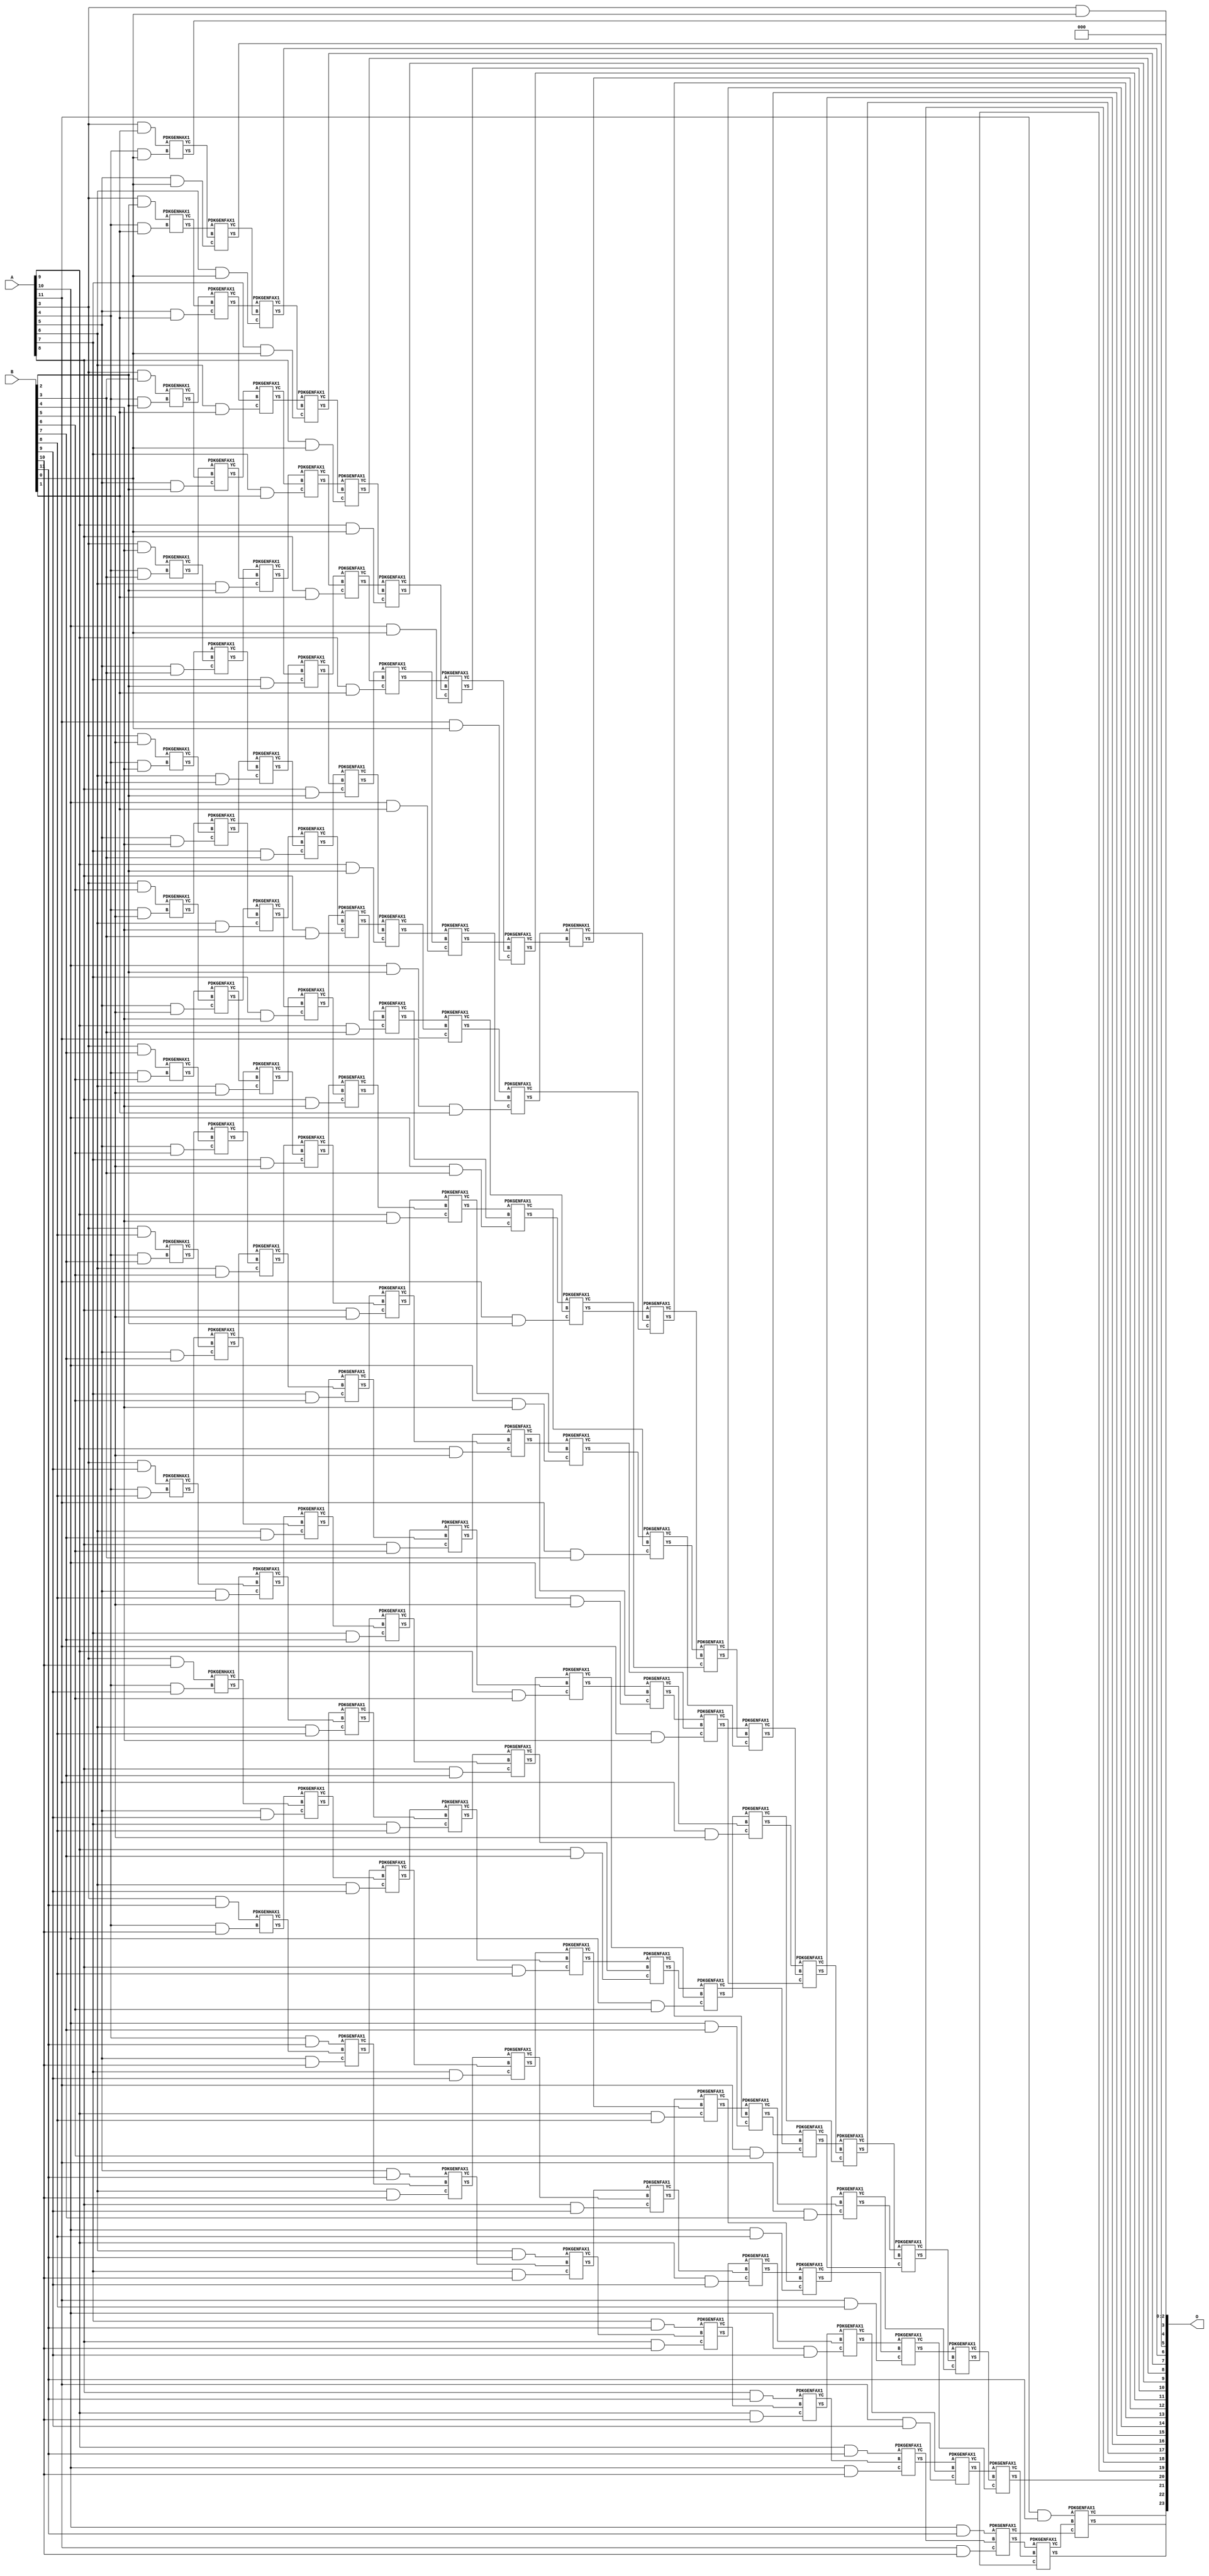
/***
* This code is a part of EvoApproxLib library (ehw.fit.vutbr.cz/approxlib) distributed under The MIT License.
* When used, please cite the following article(s): V. Mrazek, Z. Vasicek, L. Sekanina, H. Jiang and J. Han, "Scalable Construction of Approximate Multipliers With Formally Guaranteed Worst Case Error" in IEEE Transactions on Very Large Scale Integration (VLSI) Systems, vol. 26, no. 11, pp. 2572-2576, Nov. 2018. doi: 10.1109/TVLSI.2018.2856362 
* This file contains a circuit from a sub-set of pareto optimal circuits with respect to the pwr and ep parameters
***/
// MAE% = 0.043 %
// MAE = 7166 
// WCE% = 0.17 %
// WCE = 28665 
// WCRE% = 100.00 %
// EP% = 87.48 %
// MRE% = 0.69 %
// MSE = 97831.256e3 
// PDK45_PWR = 0.790 mW
// PDK45_AREA = 1213.6 um2
// PDK45_DELAY = 1.98 ns


module mul12u_2PM ( A, B, O );
  input [11:0] A;
  input [11:0] B;
  output [23:0] O;

  wire C_10_0,C_10_1,C_10_10,C_10_2,C_10_3,C_10_4,C_10_5,C_10_6,C_10_7,C_10_8,C_10_9,C_11_0,C_11_1,C_11_10,C_11_2,C_11_3,C_11_4,C_11_5,C_11_6,C_11_7,C_11_8,C_11_9,C_12_0,C_12_1,C_12_10,C_12_2,C_12_3,C_12_4,C_12_5,C_12_6,C_12_7,C_12_8,C_12_9,C_4_0,C_4_1,C_4_10,C_4_2,C_4_3,C_4_4,C_4_5,C_4_6,C_4_7,C_4_8,C_4_9,C_5_0,C_5_1,C_5_10,C_5_2,C_5_3,C_5_4,C_5_5,C_5_6,C_5_7,C_5_8,C_5_9,C_6_0,C_6_1,C_6_10,C_6_2,C_6_3,C_6_4,C_6_5,C_6_6,C_6_7,C_6_8,C_6_9,C_7_0,C_7_1,C_7_10,C_7_2,C_7_3,C_7_4,C_7_5,C_7_6,C_7_7,C_7_8,C_7_9,C_8_0,C_8_1,C_8_10,C_8_2,C_8_3,C_8_4,C_8_5,C_8_6,C_8_7,C_8_8,C_8_9,C_9_0,C_9_1,C_9_10,C_9_2,C_9_3,C_9_4,C_9_5,C_9_6,C_9_7,C_9_8,C_9_9,S_10_0,S_10_1,S_10_10,S_10_11,S_10_2,S_10_3,S_10_4,S_10_5,S_10_6,S_10_7,S_10_8,S_10_9,S_11_0,S_11_1,S_11_10,S_11_11,S_11_2,S_11_3,S_11_4,S_11_5,S_11_6,S_11_7,S_11_8,S_11_9,S_12_0,S_12_1,S_12_10,S_12_11,S_12_2,S_12_3,S_12_4,S_12_5,S_12_6,S_12_7,S_12_8,S_12_9,S_3_0,S_3_1,S_3_10,S_3_11,S_3_2,S_3_3,S_3_4,S_3_5,S_3_6,S_3_7,S_3_8,S_3_9,S_4_0,S_4_1,S_4_10,S_4_11,S_4_2,S_4_3,S_4_4,S_4_5,S_4_6,S_4_7,S_4_8,S_4_9,S_5_0,S_5_1,S_5_10,S_5_11,S_5_2,S_5_3,S_5_4,S_5_5,S_5_6,S_5_7,S_5_8,S_5_9,S_6_0,S_6_1,S_6_10,S_6_11,S_6_2,S_6_3,S_6_4,S_6_5,S_6_6,S_6_7,S_6_8,S_6_9,S_7_0,S_7_1,S_7_10,S_7_11,S_7_2,S_7_3,S_7_4,S_7_5,S_7_6,S_7_7,S_7_8,S_7_9,S_8_0,S_8_1,S_8_10,S_8_11,S_8_2,S_8_3,S_8_4,S_8_5,S_8_6,S_8_7,S_8_8,S_8_9,S_9_0,S_9_1,S_9_10,S_9_11,S_9_2,S_9_3,S_9_4,S_9_5,S_9_6,S_9_7,S_9_8,S_9_9;

  assign S_3_0 = (A[3] & B[0]);
  assign S_3_1 = (A[3] & B[1]);
  assign S_3_2 = (A[3] & B[2]);
  assign S_3_3 = (A[3] & B[3]);
  assign S_3_4 = (A[3] & B[4]);
  assign S_3_5 = (A[3] & B[5]);
  assign S_3_6 = (A[3] & B[6]);
  assign S_3_7 = (A[3] & B[7]);
  assign S_3_8 = (A[3] & B[8]);
  assign S_3_9 = (A[3] & B[9]);
  assign S_3_10 = (A[3] & B[10]);
  assign S_3_11 = (A[3] & B[11]);
  PDKGENHAX1 U31801 (.A(S_3_1), .B((A[4] & B[0])), .YS(S_4_0), .YC(C_4_0));
  PDKGENHAX1 U31802 (.A(S_3_2), .B((A[4] & B[1])), .YS(S_4_1), .YC(C_4_1));
  PDKGENHAX1 U31803 (.A(S_3_3), .B((A[4] & B[2])), .YS(S_4_2), .YC(C_4_2));
  PDKGENHAX1 U31804 (.A(S_3_4), .B((A[4] & B[3])), .YS(S_4_3), .YC(C_4_3));
  PDKGENHAX1 U31805 (.A(S_3_5), .B((A[4] & B[4])), .YS(S_4_4), .YC(C_4_4));
  PDKGENHAX1 U31806 (.A(S_3_6), .B((A[4] & B[5])), .YS(S_4_5), .YC(C_4_5));
  PDKGENHAX1 U31807 (.A(S_3_7), .B((A[4] & B[6])), .YS(S_4_6), .YC(C_4_6));
  PDKGENHAX1 U31808 (.A(S_3_8), .B((A[4] & B[7])), .YS(S_4_7), .YC(C_4_7));
  PDKGENHAX1 U31809 (.A(S_3_9), .B((A[4] & B[8])), .YS(S_4_8), .YC(C_4_8));
  PDKGENHAX1 U31810 (.A(S_3_10), .B((A[4] & B[9])), .YS(S_4_9), .YC(C_4_9));
  PDKGENHAX1 U31811 (.A(S_3_11), .B((A[4] & B[10])), .YS(S_4_10), .YC(C_4_10));
  assign S_4_11 = (A[4] & B[11]);
  PDKGENFAX1 U31813 (.A(S_4_1), .B(C_4_0), .C((A[5] & B[0])), .YS(S_5_0), .YC(C_5_0));
  PDKGENFAX1 U31814 (.A(S_4_2), .B(C_4_1), .C((A[5] & B[1])), .YS(S_5_1), .YC(C_5_1));
  PDKGENFAX1 U31815 (.A(S_4_3), .B(C_4_2), .C((A[5] & B[2])), .YS(S_5_2), .YC(C_5_2));
  PDKGENFAX1 U31816 (.A(S_4_4), .B(C_4_3), .C((A[5] & B[3])), .YS(S_5_3), .YC(C_5_3));
  PDKGENFAX1 U31817 (.A(S_4_5), .B(C_4_4), .C((A[5] & B[4])), .YS(S_5_4), .YC(C_5_4));
  PDKGENFAX1 U31818 (.A(S_4_6), .B(C_4_5), .C((A[5] & B[5])), .YS(S_5_5), .YC(C_5_5));
  PDKGENFAX1 U31819 (.A(S_4_7), .B(C_4_6), .C((A[5] & B[6])), .YS(S_5_6), .YC(C_5_6));
  PDKGENFAX1 U31820 (.A(S_4_8), .B(C_4_7), .C((A[5] & B[7])), .YS(S_5_7), .YC(C_5_7));
  PDKGENFAX1 U31821 (.A(S_4_9), .B(C_4_8), .C((A[5] & B[8])), .YS(S_5_8), .YC(C_5_8));
  PDKGENFAX1 U31822 (.A(S_4_10), .B(C_4_9), .C((A[5] & B[9])), .YS(S_5_9), .YC(C_5_9));
  PDKGENFAX1 U31823 (.A(S_4_11), .B(C_4_10), .C((A[5] & B[10])), .YS(S_5_10), .YC(C_5_10));
  assign S_5_11 = (A[5] & B[11]);
  PDKGENFAX1 U31825 (.A(S_5_1), .B(C_5_0), .C((A[6] & B[0])), .YS(S_6_0), .YC(C_6_0));
  PDKGENFAX1 U31826 (.A(S_5_2), .B(C_5_1), .C((A[6] & B[1])), .YS(S_6_1), .YC(C_6_1));
  PDKGENFAX1 U31827 (.A(S_5_3), .B(C_5_2), .C((A[6] & B[2])), .YS(S_6_2), .YC(C_6_2));
  PDKGENFAX1 U31828 (.A(S_5_4), .B(C_5_3), .C((A[6] & B[3])), .YS(S_6_3), .YC(C_6_3));
  PDKGENFAX1 U31829 (.A(S_5_5), .B(C_5_4), .C((A[6] & B[4])), .YS(S_6_4), .YC(C_6_4));
  PDKGENFAX1 U31830 (.A(S_5_6), .B(C_5_5), .C((A[6] & B[5])), .YS(S_6_5), .YC(C_6_5));
  PDKGENFAX1 U31831 (.A(S_5_7), .B(C_5_6), .C((A[6] & B[6])), .YS(S_6_6), .YC(C_6_6));
  PDKGENFAX1 U31832 (.A(S_5_8), .B(C_5_7), .C((A[6] & B[7])), .YS(S_6_7), .YC(C_6_7));
  PDKGENFAX1 U31833 (.A(S_5_9), .B(C_5_8), .C((A[6] & B[8])), .YS(S_6_8), .YC(C_6_8));
  PDKGENFAX1 U31834 (.A(S_5_10), .B(C_5_9), .C((A[6] & B[9])), .YS(S_6_9), .YC(C_6_9));
  PDKGENFAX1 U31835 (.A(S_5_11), .B(C_5_10), .C((A[6] & B[10])), .YS(S_6_10), .YC(C_6_10));
  assign S_6_11 = (A[6] & B[11]);
  PDKGENFAX1 U31837 (.A(S_6_1), .B(C_6_0), .C((A[7] & B[0])), .YS(S_7_0), .YC(C_7_0));
  PDKGENFAX1 U31838 (.A(S_6_2), .B(C_6_1), .C((A[7] & B[1])), .YS(S_7_1), .YC(C_7_1));
  PDKGENFAX1 U31839 (.A(S_6_3), .B(C_6_2), .C((A[7] & B[2])), .YS(S_7_2), .YC(C_7_2));
  PDKGENFAX1 U31840 (.A(S_6_4), .B(C_6_3), .C((A[7] & B[3])), .YS(S_7_3), .YC(C_7_3));
  PDKGENFAX1 U31841 (.A(S_6_5), .B(C_6_4), .C((A[7] & B[4])), .YS(S_7_4), .YC(C_7_4));
  PDKGENFAX1 U31842 (.A(S_6_6), .B(C_6_5), .C((A[7] & B[5])), .YS(S_7_5), .YC(C_7_5));
  PDKGENFAX1 U31843 (.A(S_6_7), .B(C_6_6), .C((A[7] & B[6])), .YS(S_7_6), .YC(C_7_6));
  PDKGENFAX1 U31844 (.A(S_6_8), .B(C_6_7), .C((A[7] & B[7])), .YS(S_7_7), .YC(C_7_7));
  PDKGENFAX1 U31845 (.A(S_6_9), .B(C_6_8), .C((A[7] & B[8])), .YS(S_7_8), .YC(C_7_8));
  PDKGENFAX1 U31846 (.A(S_6_10), .B(C_6_9), .C((A[7] & B[9])), .YS(S_7_9), .YC(C_7_9));
  PDKGENFAX1 U31847 (.A(S_6_11), .B(C_6_10), .C((A[7] & B[10])), .YS(S_7_10), .YC(C_7_10));
  assign S_7_11 = (A[7] & B[11]);
  PDKGENFAX1 U31849 (.A(S_7_1), .B(C_7_0), .C((A[8] & B[0])), .YS(S_8_0), .YC(C_8_0));
  PDKGENFAX1 U31850 (.A(S_7_2), .B(C_7_1), .C((A[8] & B[1])), .YS(S_8_1), .YC(C_8_1));
  PDKGENFAX1 U31851 (.A(S_7_3), .B(C_7_2), .C((A[8] & B[2])), .YS(S_8_2), .YC(C_8_2));
  PDKGENFAX1 U31852 (.A(S_7_4), .B(C_7_3), .C((A[8] & B[3])), .YS(S_8_3), .YC(C_8_3));
  PDKGENFAX1 U31853 (.A(S_7_5), .B(C_7_4), .C((A[8] & B[4])), .YS(S_8_4), .YC(C_8_4));
  PDKGENFAX1 U31854 (.A(S_7_6), .B(C_7_5), .C((A[8] & B[5])), .YS(S_8_5), .YC(C_8_5));
  PDKGENFAX1 U31855 (.A(S_7_7), .B(C_7_6), .C((A[8] & B[6])), .YS(S_8_6), .YC(C_8_6));
  PDKGENFAX1 U31856 (.A(S_7_8), .B(C_7_7), .C((A[8] & B[7])), .YS(S_8_7), .YC(C_8_7));
  PDKGENFAX1 U31857 (.A(S_7_9), .B(C_7_8), .C((A[8] & B[8])), .YS(S_8_8), .YC(C_8_8));
  PDKGENFAX1 U31858 (.A(S_7_10), .B(C_7_9), .C((A[8] & B[9])), .YS(S_8_9), .YC(C_8_9));
  PDKGENFAX1 U31859 (.A(S_7_11), .B(C_7_10), .C((A[8] & B[10])), .YS(S_8_10), .YC(C_8_10));
  assign S_8_11 = (A[8] & B[11]);
  PDKGENFAX1 U31861 (.A(S_8_1), .B(C_8_0), .C((A[9] & B[0])), .YS(S_9_0), .YC(C_9_0));
  PDKGENFAX1 U31862 (.A(S_8_2), .B(C_8_1), .C((A[9] & B[1])), .YS(S_9_1), .YC(C_9_1));
  PDKGENFAX1 U31863 (.A(S_8_3), .B(C_8_2), .C((A[9] & B[2])), .YS(S_9_2), .YC(C_9_2));
  PDKGENFAX1 U31864 (.A(S_8_4), .B(C_8_3), .C((A[9] & B[3])), .YS(S_9_3), .YC(C_9_3));
  PDKGENFAX1 U31865 (.A(S_8_5), .B(C_8_4), .C((A[9] & B[4])), .YS(S_9_4), .YC(C_9_4));
  PDKGENFAX1 U31866 (.A(S_8_6), .B(C_8_5), .C((A[9] & B[5])), .YS(S_9_5), .YC(C_9_5));
  PDKGENFAX1 U31867 (.A(S_8_7), .B(C_8_6), .C((A[9] & B[6])), .YS(S_9_6), .YC(C_9_6));
  PDKGENFAX1 U31868 (.A(S_8_8), .B(C_8_7), .C((A[9] & B[7])), .YS(S_9_7), .YC(C_9_7));
  PDKGENFAX1 U31869 (.A(S_8_9), .B(C_8_8), .C((A[9] & B[8])), .YS(S_9_8), .YC(C_9_8));
  PDKGENFAX1 U31870 (.A(S_8_10), .B(C_8_9), .C((A[9] & B[9])), .YS(S_9_9), .YC(C_9_9));
  PDKGENFAX1 U31871 (.A(S_8_11), .B(C_8_10), .C((A[9] & B[10])), .YS(S_9_10), .YC(C_9_10));
  assign S_9_11 = (A[9] & B[11]);
  PDKGENFAX1 U31873 (.A(S_9_1), .B(C_9_0), .C((A[10] & B[0])), .YS(S_10_0), .YC(C_10_0));
  PDKGENFAX1 U31874 (.A(S_9_2), .B(C_9_1), .C((A[10] & B[1])), .YS(S_10_1), .YC(C_10_1));
  PDKGENFAX1 U31875 (.A(S_9_3), .B(C_9_2), .C((A[10] & B[2])), .YS(S_10_2), .YC(C_10_2));
  PDKGENFAX1 U31876 (.A(S_9_4), .B(C_9_3), .C((A[10] & B[3])), .YS(S_10_3), .YC(C_10_3));
  PDKGENFAX1 U31877 (.A(S_9_5), .B(C_9_4), .C((A[10] & B[4])), .YS(S_10_4), .YC(C_10_4));
  PDKGENFAX1 U31878 (.A(S_9_6), .B(C_9_5), .C((A[10] & B[5])), .YS(S_10_5), .YC(C_10_5));
  PDKGENFAX1 U31879 (.A(S_9_7), .B(C_9_6), .C((A[10] & B[6])), .YS(S_10_6), .YC(C_10_6));
  PDKGENFAX1 U31880 (.A(S_9_8), .B(C_9_7), .C((A[10] & B[7])), .YS(S_10_7), .YC(C_10_7));
  PDKGENFAX1 U31881 (.A(S_9_9), .B(C_9_8), .C((A[10] & B[8])), .YS(S_10_8), .YC(C_10_8));
  PDKGENFAX1 U31882 (.A(S_9_10), .B(C_9_9), .C((A[10] & B[9])), .YS(S_10_9), .YC(C_10_9));
  PDKGENFAX1 U31883 (.A(S_9_11), .B(C_9_10), .C((A[10] & B[10])), .YS(S_10_10), .YC(C_10_10));
  assign S_10_11 = (A[10] & B[11]);
  PDKGENFAX1 U31885 (.A(S_10_1), .B(C_10_0), .C((A[11] & B[0])), .YS(S_11_0), .YC(C_11_0));
  PDKGENFAX1 U31886 (.A(S_10_2), .B(C_10_1), .C((A[11] & B[1])), .YS(S_11_1), .YC(C_11_1));
  PDKGENFAX1 U31887 (.A(S_10_3), .B(C_10_2), .C((A[11] & B[2])), .YS(S_11_2), .YC(C_11_2));
  PDKGENFAX1 U31888 (.A(S_10_4), .B(C_10_3), .C((A[11] & B[3])), .YS(S_11_3), .YC(C_11_3));
  PDKGENFAX1 U31889 (.A(S_10_5), .B(C_10_4), .C((A[11] & B[4])), .YS(S_11_4), .YC(C_11_4));
  PDKGENFAX1 U31890 (.A(S_10_6), .B(C_10_5), .C((A[11] & B[5])), .YS(S_11_5), .YC(C_11_5));
  PDKGENFAX1 U31891 (.A(S_10_7), .B(C_10_6), .C((A[11] & B[6])), .YS(S_11_6), .YC(C_11_6));
  PDKGENFAX1 U31892 (.A(S_10_8), .B(C_10_7), .C((A[11] & B[7])), .YS(S_11_7), .YC(C_11_7));
  PDKGENFAX1 U31893 (.A(S_10_9), .B(C_10_8), .C((A[11] & B[8])), .YS(S_11_8), .YC(C_11_8));
  PDKGENFAX1 U31894 (.A(S_10_10), .B(C_10_9), .C((A[11] & B[9])), .YS(S_11_9), .YC(C_11_9));
  PDKGENFAX1 U31895 (.A(S_10_11), .B(C_10_10), .C((A[11] & B[10])), .YS(S_11_10), .YC(C_11_10));
  assign S_11_11 = (A[11] & B[11]);
  PDKGENHAX1 U31897 (.A(S_11_1), .B(C_11_0), .YS(S_12_0), .YC(C_12_0));
  PDKGENFAX1 U31898 (.A(S_11_2), .B(C_12_0), .C(C_11_1), .YS(S_12_1), .YC(C_12_1));
  PDKGENFAX1 U31899 (.A(S_11_3), .B(C_12_1), .C(C_11_2), .YS(S_12_2), .YC(C_12_2));
  PDKGENFAX1 U31900 (.A(S_11_4), .B(C_12_2), .C(C_11_3), .YS(S_12_3), .YC(C_12_3));
  PDKGENFAX1 U31901 (.A(S_11_5), .B(C_12_3), .C(C_11_4), .YS(S_12_4), .YC(C_12_4));
  PDKGENFAX1 U31902 (.A(S_11_6), .B(C_12_4), .C(C_11_5), .YS(S_12_5), .YC(C_12_5));
  PDKGENFAX1 U31903 (.A(S_11_7), .B(C_12_5), .C(C_11_6), .YS(S_12_6), .YC(C_12_6));
  PDKGENFAX1 U31904 (.A(S_11_8), .B(C_12_6), .C(C_11_7), .YS(S_12_7), .YC(C_12_7));
  PDKGENFAX1 U31905 (.A(S_11_9), .B(C_12_7), .C(C_11_8), .YS(S_12_8), .YC(C_12_8));
  PDKGENFAX1 U31906 (.A(S_11_10), .B(C_12_8), .C(C_11_9), .YS(S_12_9), .YC(C_12_9));
  PDKGENFAX1 U31907 (.A(S_11_11), .B(C_12_9), .C(C_11_10), .YS(S_12_10), .YC(C_12_10));
  assign S_12_11 = C_12_10;
  assign O = {S_12_11,S_12_10,S_12_9,S_12_8,S_12_7,S_12_6,S_12_5,S_12_4,S_12_3,S_12_2,S_12_1,S_12_0,S_11_0,S_10_0,S_9_0,S_8_0,S_7_0,S_6_0,S_5_0,S_4_0,S_3_0,1'b0,1'b0,1'b0};

endmodule

/* mod */
module PDKGENHAX1( input A, input B, output YS, output YC );
    assign YS = A ^ B;
    assign YC = A & B;
endmodule
/* mod */
module PDKGENFAX1( input A, input B, input C, output YS, output YC );
    assign YS = (A ^ B) ^ C;
    assign YC = (A & B) | (B & C) | (A & C);
endmodule